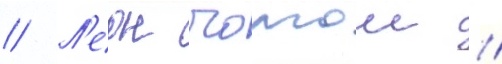
// Л'еон чолгош //